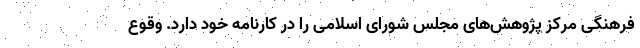
فرهنگی مرکز پژوهش‌های مجلس شورای اسلامی را در کارنامه خود دارد. وقوع